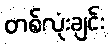
တစ်လုံးချင်း